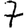
Digit: 7